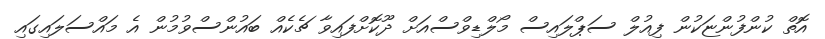
އޮތް ކުންފުންޏަކުން ފިއުލް ސަޕްލައިސް މޯލްޑިވްސްއަށް ދޫކޮށްފައިވާ ޗެކެއް ބައުންސްވުމުން އެ މައްސަލައިގައި